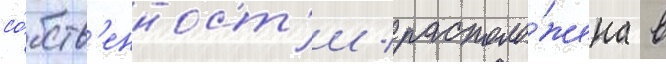
со́бств'енност'и / располо́жена в